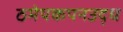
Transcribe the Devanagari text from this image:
ठमेपकपनउद्ध